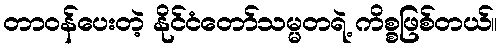
တာဝန်ပေးတဲ့ နိုင်ငံတော်သမ္မတရဲ့ ကိစ္စဖြစ်တယ်။